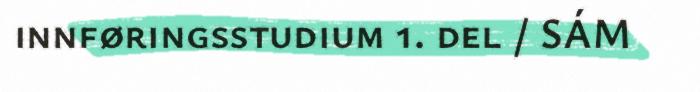
innføringsstudium 1. del / SÁM